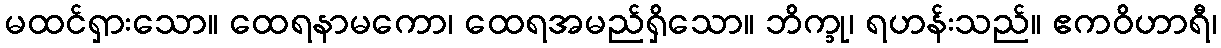
မထင်ရှားသော။ ထေရနာမကော၊ ထေရအမည်ရှိသော။ ဘိက္ခု၊ ရဟန်းသည်။ ဧကဝိဟာရီ၊